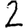
Digit: 2